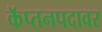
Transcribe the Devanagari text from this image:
कॅप्तनपदावर